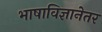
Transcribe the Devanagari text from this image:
भाषाविज्ञानेतर